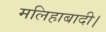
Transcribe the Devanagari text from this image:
मलिहाबादी।